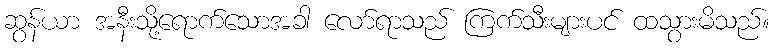
ဆွန်ယာ အနီးသို့ရောက်သောအခါ လော်ရာသည် ကြက်သီးများပင် ထသွားမိသည်။